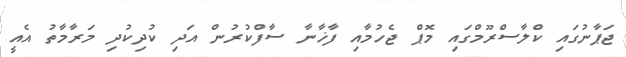
ޖަޕާނުގައި ކްލާސްރޫމްގައި މޮޕް ޖެހުމާއި ފާޚާނާ ސާފްކުރުން އަދި ކުދިކުދި މަރާމާތު އެއީ